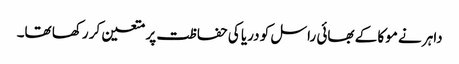
داہر نے موکا کے بھائی راسل کو دریا کی حفاظت پر متعین کر رکھا تھا۔